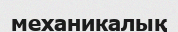
механикалық